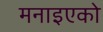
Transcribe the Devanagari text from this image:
मनाइएको